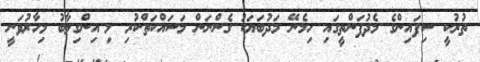
ތުރުކީ ސިފައިންގެ މެދުފަންތީގައި ހިމެނޭ މަދުބަޔަކު ގެންނަން މަސައްކަތްކުރި މި އިންގިލާބު މިހާރުވަނީ